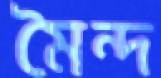
মৈন্দ